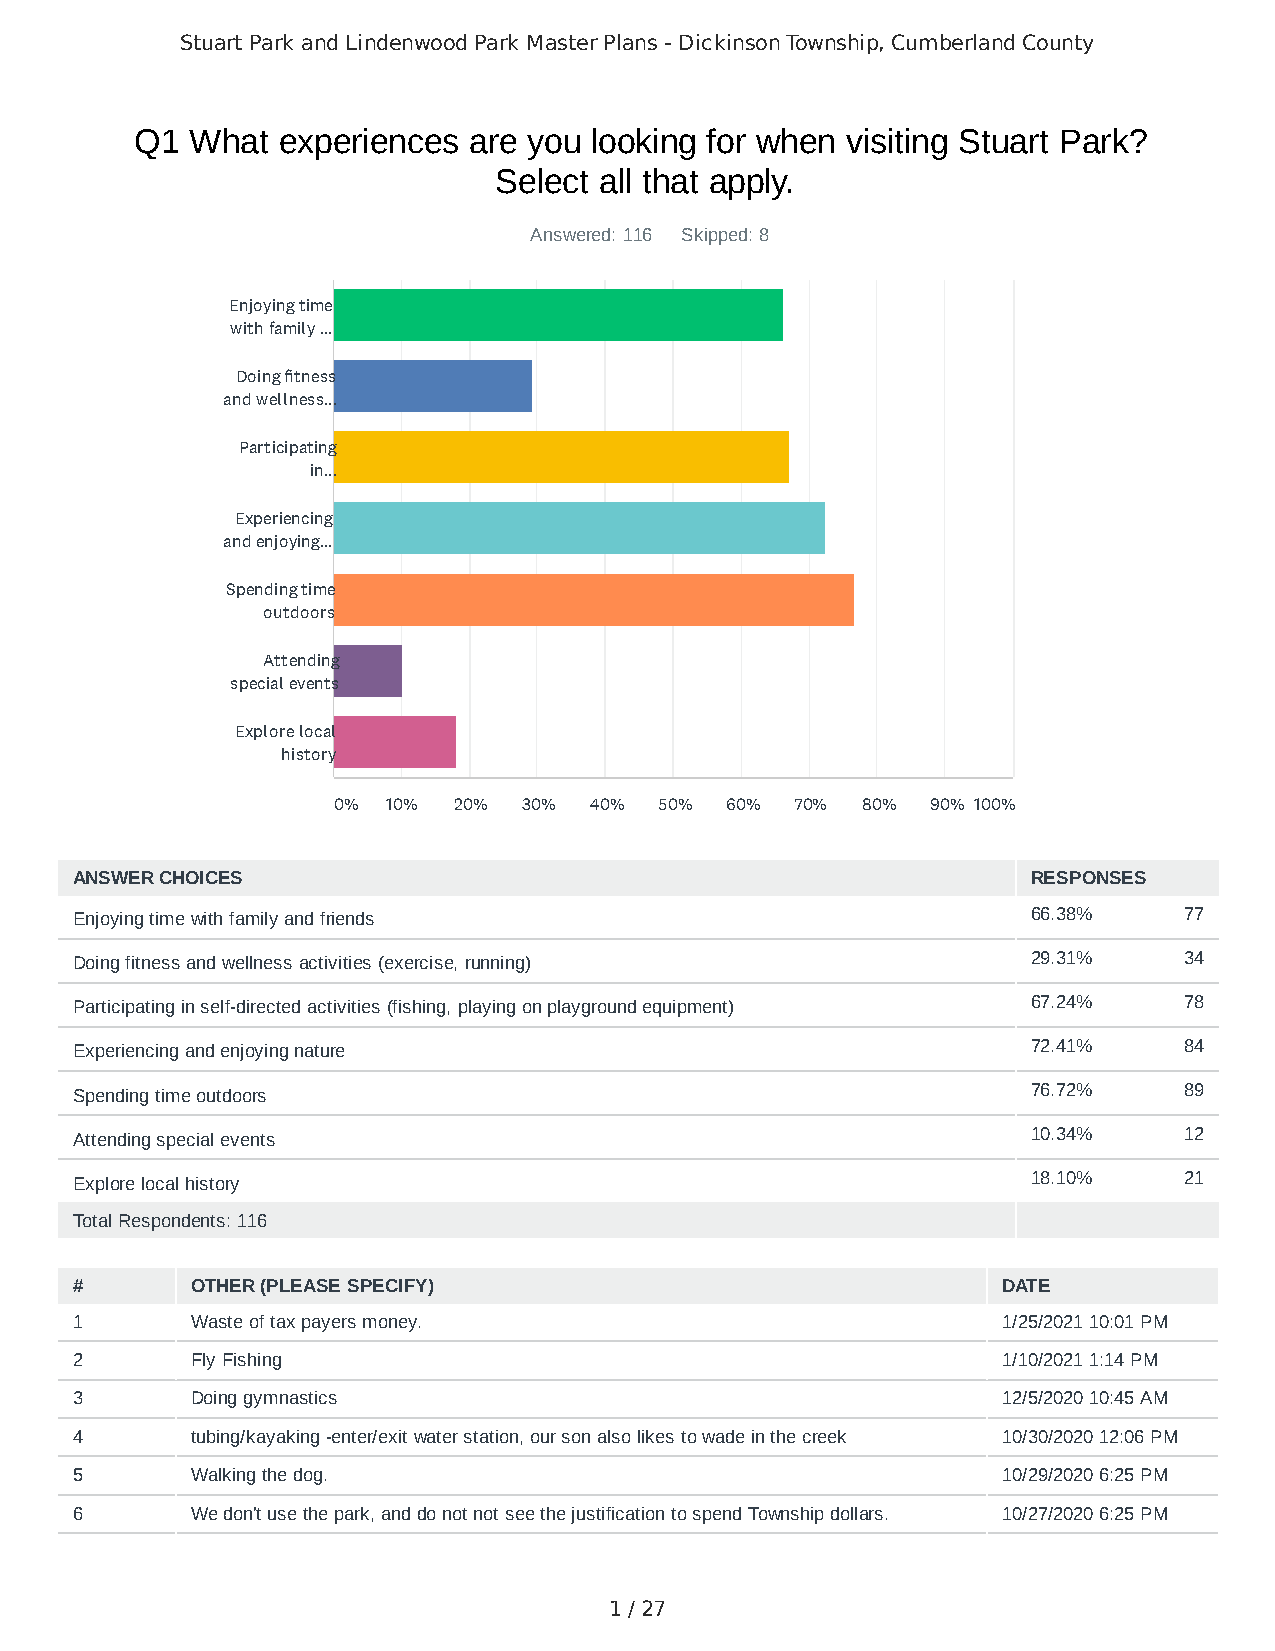
Stuart Park and Lindenwood Park Master Plans - Dickinson Township, Cumberland County
 Q1  What experiences  are you looking for when visiting Stuart Park?
 Select all that apply.
 Answered: 116 Skipped: 8
 Enjoying time
 with family ...
 Doing fitness
 and wellness...
 Participating
 in...
 Experiencing
 and enjoying...
 Spending time
 outdoors
 Attending
 special events
 Explore local
 history
 0%  10% 20%  30% 40%  50% 60%  70% 80%  90% 100%
 ANSWER CHOICES                                                 RESPONSES
 Enjoying time with family and friends                          66.38%    77
 Doing fitness and wellness activities (exercise, running)      29.31%    34
 Participating in self-directed activities (fishing, playing on playground equipment) 67.24% 78
 Experiencing and enjoying nature                               72.41%    84
 Spending time outdoors                                         76.72%    89
 Attending special events                                       10.34%    12
 Explore local history                                          18.10%    21
 Total Respondents: 116
 #       OTHER (PLEASE SPECIFY)                               DATE
 1       Waste of tax payers money.                           1/25/2021 10:01 PM
 2       Fly Fishing                                          1/10/2021 1:14 PM
 3       Doing gymnastics                                     12/5/2020 10:45 AM
 4       tubing/kayaking -enter/exit water station, our son also likes to wade in the creek 10/30/2020 12:06 PM
 5       Walking the dog.                                     10/29/2020 6:25 PM
 6       We don't use the park, and do not not see the justification to spend Township dollars. 10/27/2020 6:25 PM
 1 / 27